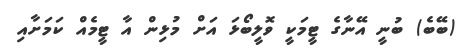
(ބޭބެ) ބުނީ އޭނާގެ ޓީމަކީ ވޮލީބޯޅަ އަށް މުޅިން އާ ޓީމެއް ކަމަށާއި